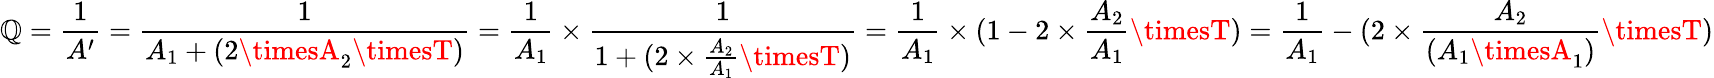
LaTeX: \mathbb{Q}={\frac{{1}}{{A^{\prime}}}}={\frac{{1}}{{A_{1}+(2\timesA_{2}\timesT)}}}={\frac{{1}}{{A_{1}}}}\times{\frac{{1}}{{1+(2\times{\frac{{A_{2}}}{{A_{1}}}}\timesT)}}}={\frac{{1}}{{A_{1}}}}\times(1-2\times{\frac{{A_{2}}}{{A_{1}}}}\timesT)={\frac{{1}}{{A_{1}}}}-(2\times{\frac{{A_{2}}}{{(A_{1}\timesA_{1})}}}\timesT)